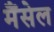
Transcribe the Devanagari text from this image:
मैंसेल